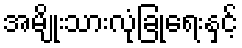
အမျိုးသားလုံခြုံရေးနှင့်